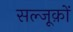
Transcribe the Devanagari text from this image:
सल्जूक़ों